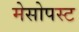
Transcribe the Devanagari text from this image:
मेसोपस्ट